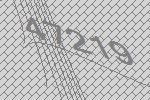
47219